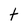
Character: t